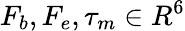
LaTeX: F_{b},F_{e},\tau_{m}\in R^{6}